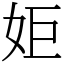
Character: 姖